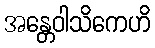
အန္တေဝါသိကေဟိ